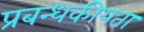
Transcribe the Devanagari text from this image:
प्रबन्धकीयता